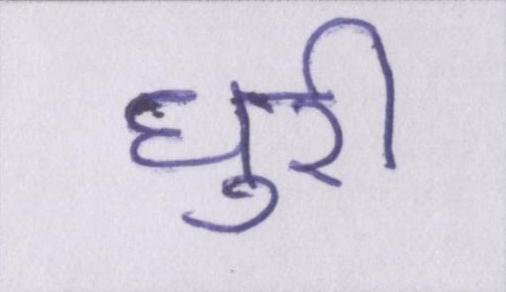
धुरी